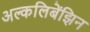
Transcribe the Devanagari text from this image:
अल्कलिबेंझिन